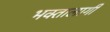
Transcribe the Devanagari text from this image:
भक्‍तालागी